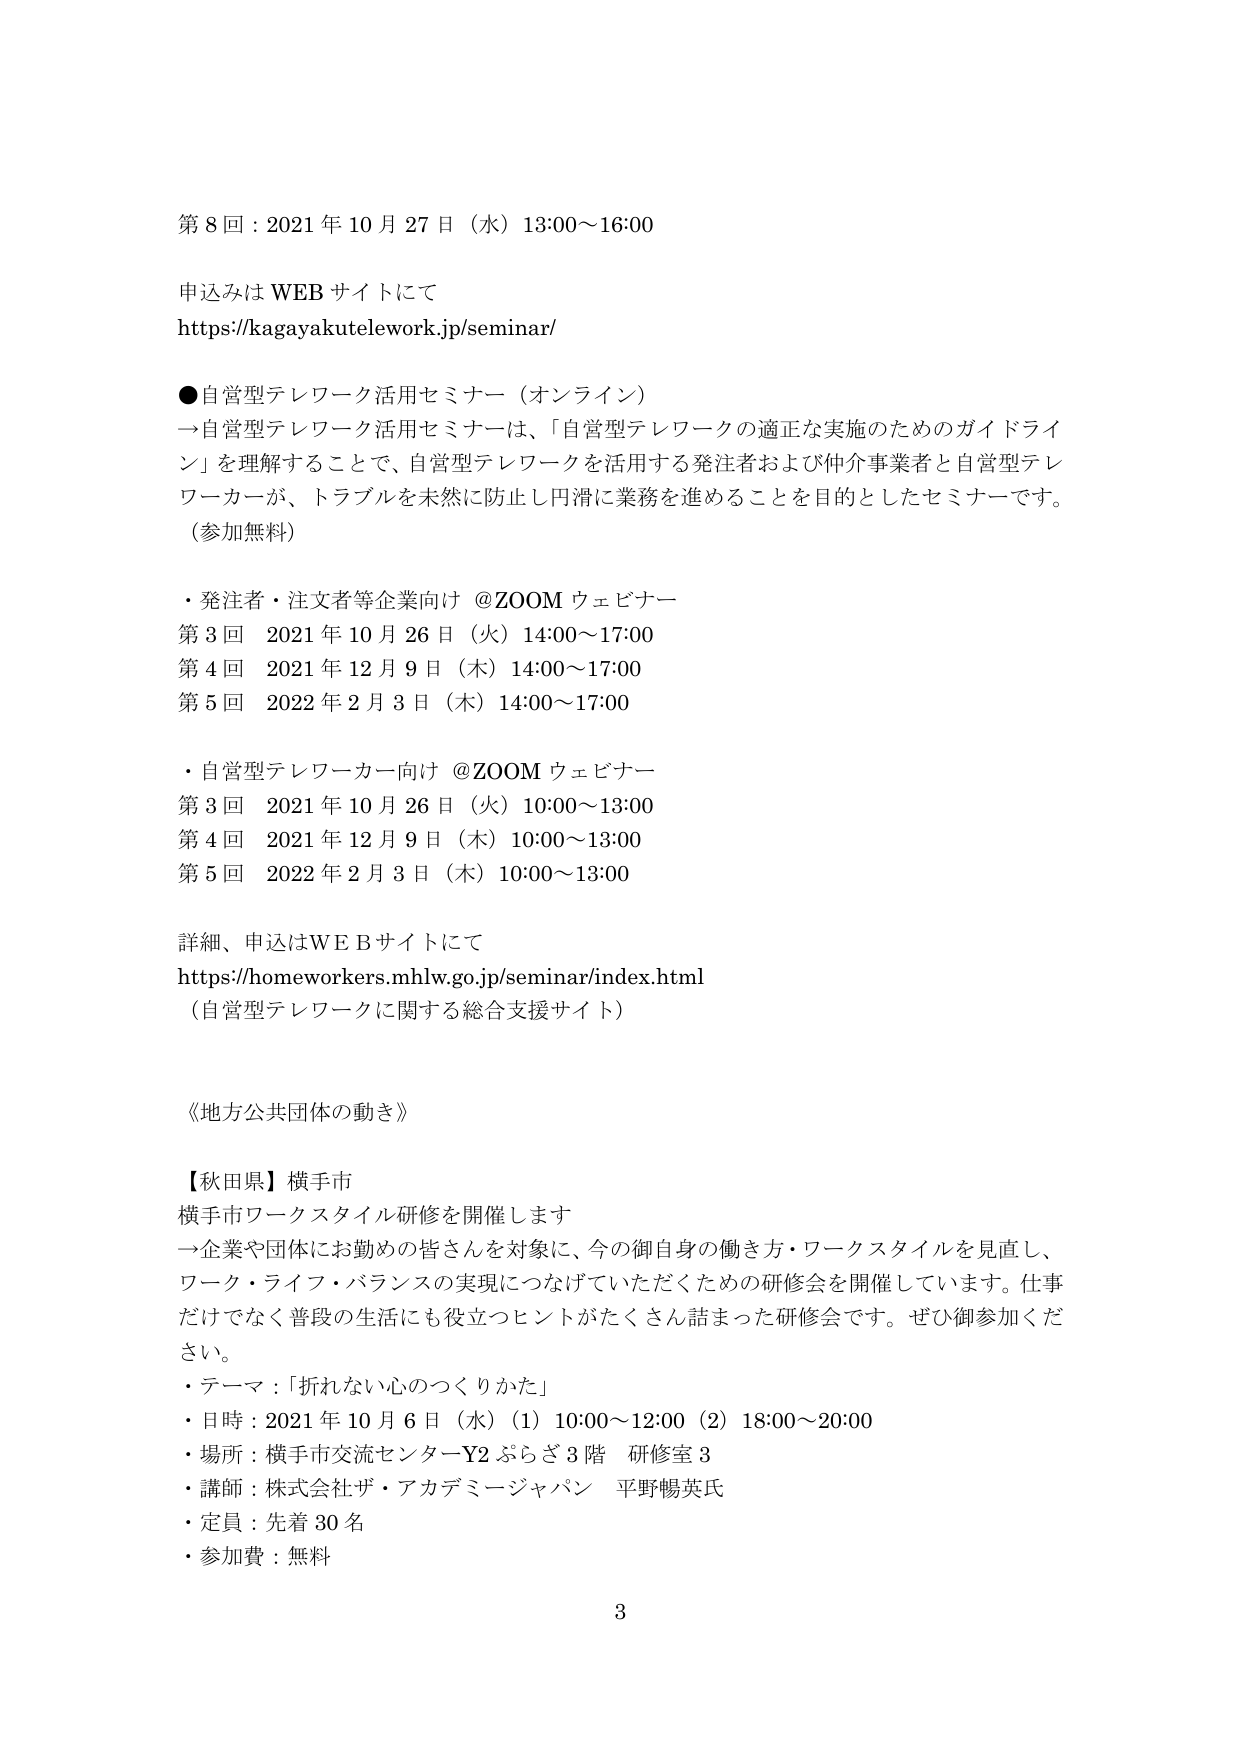
第8回：2021年10月27日（水）13:00～16:00

申込みはWEBサイトにて
https://kagayakutelework.jp/seminar/

●自営型テレワーク活用セミナー（オンライン）
→自営型テレワーク活用セミナーは、「自営型テレワークの適正な実施のためのガイドライン」を理解することで、自営型テレワークを活用する発注者および仲介事業者と自営型テレワーカーが、トラブルを未然に防止し円滑に業務を進めることを目的としたセミナーです。
（参加無料）

・発注者・注文者等企業向け @ZOOMウェビナー
第3回 2021年10月26日（火）14:00～17:00
第4回 2021年12月9日（木）14:00～17:00
第5回 2022年2月3日（木）14:00～17:00

・自営型テレワーカー向け @ZOOMウェビナー
第3回 2021年10月26日（火）10:00～13:00
第4回 2021年12月9日（木）10:00～13:00
第5回 2022年2月3日（木）10:00～13:00

詳細、申込はWEBサイトにて
https://homeworkers.mhlw.go.jp/seminar/index.html
（自営型テレワークに関する総合支援サイト）

《地方公共団体の動き》

【秋田県】横手市
横手市ワークスタイル研修を開催します
→企業や団体にお勤めの皆さんを対象に、今の御自身の働き方・ワークスタイルを見直し、ワーク・ライフ・バランスの実現につなげていただくための研修会を開催しています。仕事だけでなく普段の生活にも役立つヒントがたくさん詰まった研修会です。ぜひ御参加ください。
・テーマ：「折れない心のつくりかた」
・日時：2021年10月6日（水）（1）10:00～12:00（2）18:00～20:00
・場所：横手市交流センターY2ぷらざ3階 研修室3
・講師：株式会社ザ・アカデミージャパン 平野暢英氏
・定員：先着30名
・参加費：無料

3